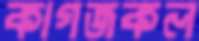
কাগজকল